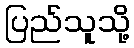
ပြည်သူသို့